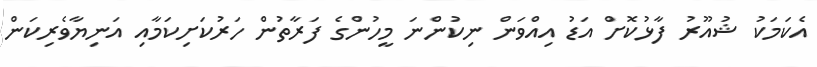
އެކަމަކު ޝުއޫރު ފާޅުކޮށް އަޑު އިއްވަން ނިކުންނަ މީހުންގެ ފަރާތުން ހަރުކަށިކަމާއި އަނިޔާވެރިކަން